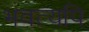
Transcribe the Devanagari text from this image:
भवत्यपि